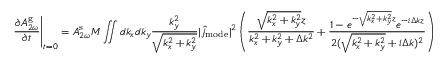
\left. \frac { \partial A _ { 2 \omega } ^ { \mathrm { g } } } { \partial t } \right| _ { t = 0 } = A _ { 2 \omega } ^ { \mathrm { s } } M \iint d k _ { x } d k _ { y } \frac { k _ { y } ^ { 2 } } { \sqrt { k _ { x } ^ { 2 } + k _ { y } ^ { 2 } } } | \hat { j } _ { \mathrm { m o d e } } | ^ { 2 } \left( \frac { \sqrt { k _ { x } ^ { 2 } + k _ { y } ^ { 2 } } z } { k _ { x } ^ { 2 } + k _ { y } ^ { 2 } + \Delta k ^ { 2 } } + \frac { 1 - e ^ { - \sqrt { k _ { x } ^ { 2 } + k _ { y } ^ { 2 } } z } e ^ { - i \Delta k z } } { 2 ( \sqrt { k _ { x } ^ { 2 } + k _ { y } ^ { 2 } } + i \Delta k ) ^ { 2 } } \right)